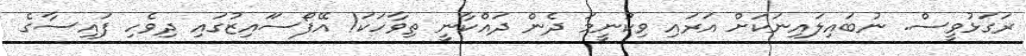
ރަގަޅުވީސް. ނުބައިލައިނަކަށް އަރައި ވިކުނީމަ ދެން ދައްކާނީ ތިވާހަކަ! އޭފޯސަައިޒުގައި ދިވެހި ފައިސާގެ